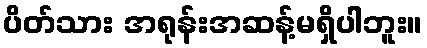
ပိတ်သား အရုန်းအဆန့်မရှိပါဘူး။